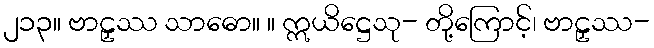
၂၁၃။ ဗာဠှဿ သာဓော။ ။ ဣယိဋ္ဌေသု- တို့ကြောင့်၊ ဗာဠှဿ-